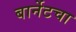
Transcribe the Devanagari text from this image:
बार्नेटचा